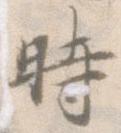
時